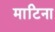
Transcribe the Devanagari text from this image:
माटिना